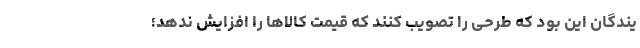
یندگان این بود که طرحی را تصویب کنند که قیمت کالاها را افزایش ندهد؛